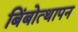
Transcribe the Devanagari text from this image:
बिंबोत्थापन